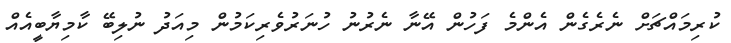
ކުރިމައްޗަށް ނެރެގެން އެންމެ ފަހުން އޭނާ ނެރުނު ހުނަރުވެރިކަމުން މިއަދު ނުލިބޭ ކާމިޔާބީއެއް